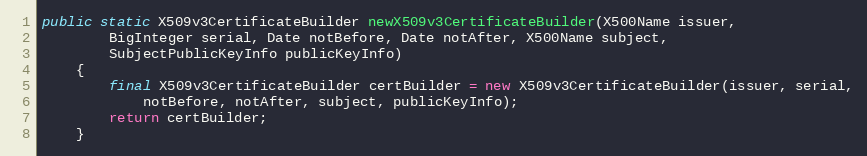
Language: Java
public static X509v3CertificateBuilder newX509v3CertificateBuilder(X500Name issuer,
		BigInteger serial, Date notBefore, Date notAfter, X500Name subject,
		SubjectPublicKeyInfo publicKeyInfo)
	{
		final X509v3CertificateBuilder certBuilder = new X509v3CertificateBuilder(issuer, serial,
			notBefore, notAfter, subject, publicKeyInfo);
		return certBuilder;
	}